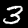
Digit: 3